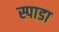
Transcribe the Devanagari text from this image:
स्पाडा